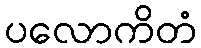
ပလောကိတံ